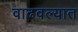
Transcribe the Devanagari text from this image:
वाढवल्यात